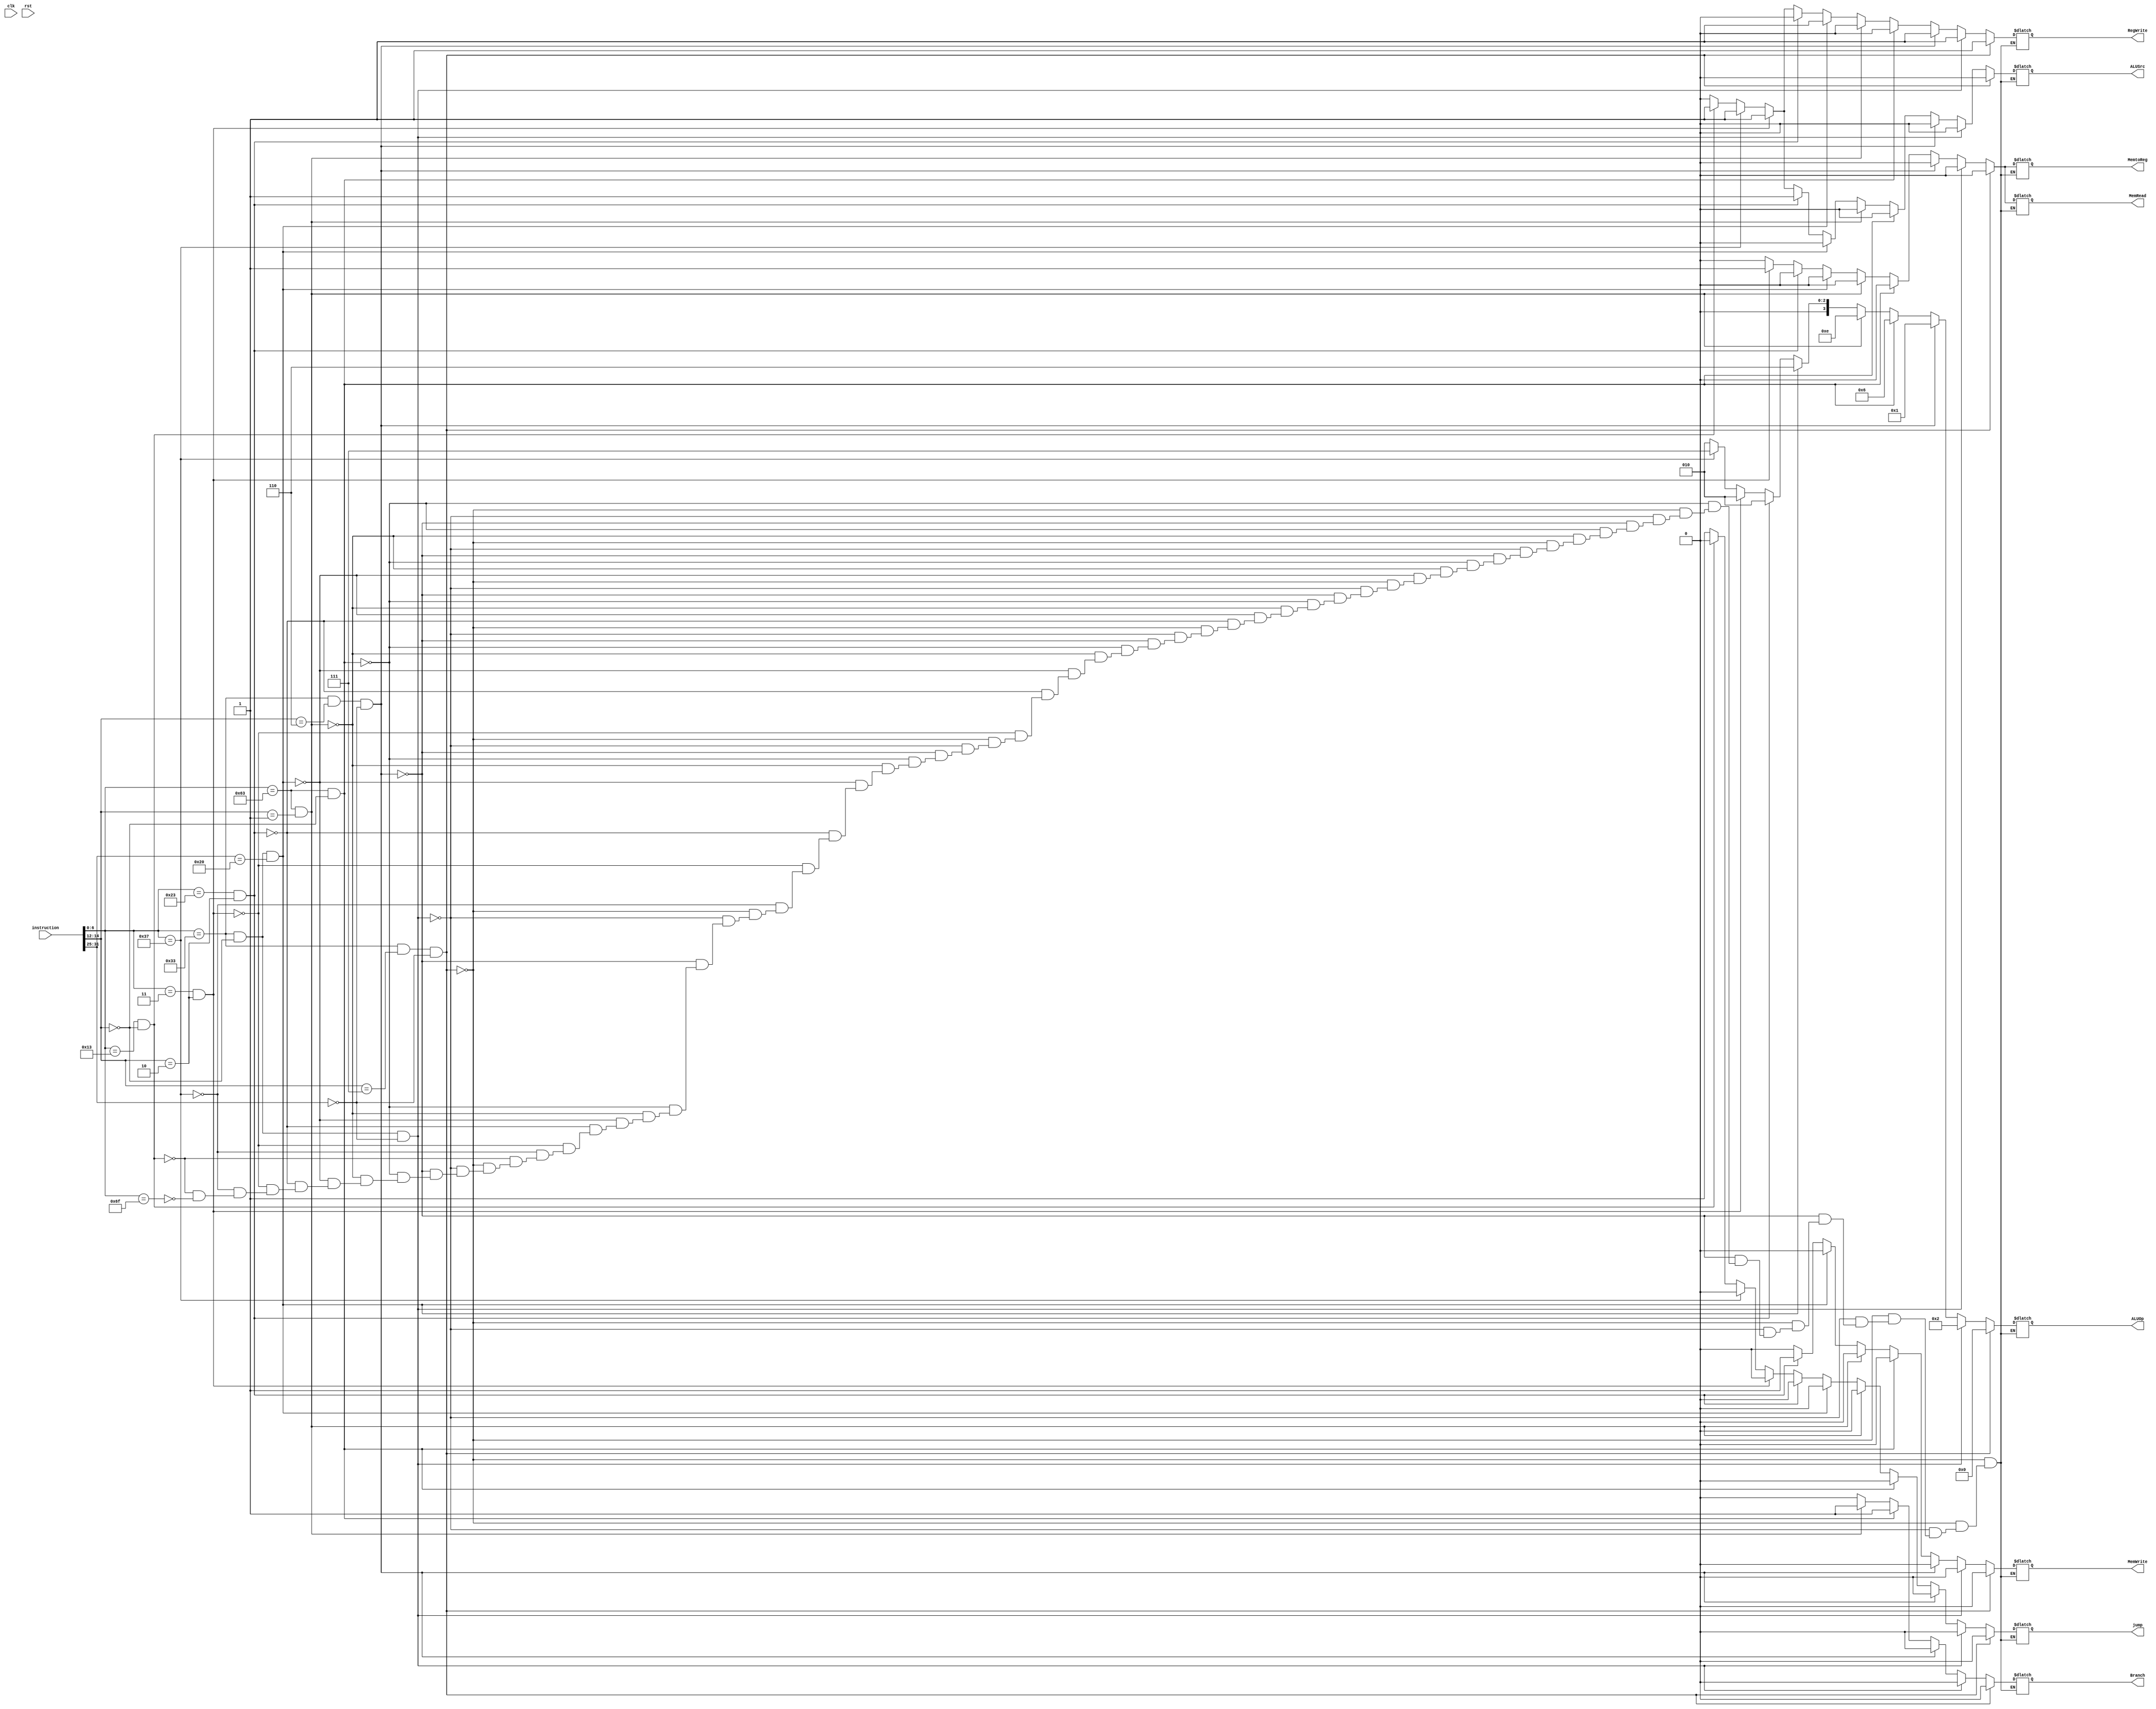
module ControlUnit(clk, instruction, rst, ALUOp, MemtoReg, Branch, MemRead, MemWrite, ALUSrc, RegWrite, jump);

    input [31:0] instruction;
    input rst,clk;
//    input  [63:0] pc;
    output reg MemtoReg, RegWrite, MemRead, MemWrite, ALUSrc, Branch, jump;
    output reg [3:0]ALUOp;
//    wire [3:0] opcode;
//    wire [2:0] fun3;
//    wire [6:0] fun7;
    
//    assign opcode = instruction[6:0];
//    assign fun3 = instruction[14:12];
//    assign fun7 = instruction[31:25];

    
    always @(instruction)
        begin
        if (instruction[6:0] == 7'b0110011 & instruction[14:12] == 3'b111 & instruction[31:25] ==7'b0000000)//and r_type
            begin
                    MemtoReg=0;
                    MemRead=0;
                    MemWrite=0;
                    ALUOp=4'b0000;
                    ALUSrc=0;
                    RegWrite=1;
                    Branch=0;
                    jump = 0;
            end 
      
        else if (instruction[6:0] == 7'b0110011 & instruction[14:12] == 3'b000 & instruction[31:25] == 7'b0000000)//add
            begin
                    MemtoReg=0;
                    MemRead=0;
                    MemWrite=0;
                    ALUOp=4'b0010;
                    ALUSrc=0;
                    RegWrite=1;
                    Branch=0;
                    jump = 0;
            end
        
        else if (instruction[6:0] == 7'b0110011 & instruction[14:12] == 3'b110 & instruction[31:25] == 7'b0000000)//or
             begin
                    MemtoReg=0;
                    MemRead=0;
                    MemWrite=0;
                    ALUOp=4'b0001;
                    ALUSrc=0;
                    RegWrite=1;
                    Branch=0;
                    jump = 0;
            end
        
        else if (instruction[6:0] == 7'b1100011 & instruction[14:12] == 3'b000)//BEQ
            begin
                    MemtoReg=0;
                    MemRead=0;
                    MemWrite=0;
                    ALUOp=4'b0110;
                    ALUSrc=0;
                    RegWrite=0;
                    Branch=1;
                    jump = 0;
            end
        
        else if (instruction[6:0] == 7'b1100011 & instruction[14:12] == 3'b001)//bne
            begin
                    MemtoReg=0;
                    MemRead=0;
                    MemWrite=0;
                    ALUOp=4'b1110;
                    ALUSrc=0;
                    RegWrite=0;
                    Branch=1;
                    jump = 0;
            end
        
        else if (instruction[6:0] == 7'b0110011 & instruction[14:12] == 3'b000 & instruction[31:25] == 7'b0100000)//SUB
            begin
                    MemtoReg=0;
                    MemRead=0;
                    MemWrite=0;
                    ALUOp=4'b0110;
                    ALUSrc=0;
                    RegWrite=1;
                    Branch=0;
                    jump = 0;
            end
        
        else if (instruction[6:0] == 7'b0100011 & instruction[14:12] == 3'b010)//sw
            begin
                    MemtoReg=0;
                    MemRead=0;
                    MemWrite=1;
                    ALUOp=4'b0010;
                    ALUSrc=1;
                    RegWrite=0;
                    Branch=0;
                    jump = 0;
            end
        
         else if (instruction[6:0] == 7'b0000011 & instruction[14:12] == 3'b010)//lw
            begin
                    MemtoReg=1;
                    MemRead=1;
                    MemWrite=0;
                    //                
                    ALUOp=4'b0010;
                    ALUSrc=1;
                    RegWrite=1;
                    Branch=0;
                    jump = 0;
            end
         else if (instruction[6:0] == 7'b0110111)//lui
            begin
                    MemtoReg=0;
                    MemRead=0;
                    MemWrite=0;
                    ALUOp=4'b0111;
                    ALUSrc=1;
                    RegWrite=1;
                    Branch=0;
                    jump = 0;
            end
         else if (instruction[6:0] == 7'b0010011 & instruction[14:12] == 3'b000)//addi
            begin
                    MemtoReg=0;
                    MemRead=0;
                    MemWrite=0;
                    ALUOp=4'b0010;
                    ALUSrc=1;
                    RegWrite=1;
                    Branch=0;
                    jump = 0;
            end
         else if (instruction[6:0] == 7'b1101111)//jal
            begin
                    MemtoReg=0;
                    MemRead=0;
                    MemWrite=0;
                    //
                    ALUOp=4'b0010;
                    ALUSrc=0;
                    RegWrite=0;
                    Branch = 0;
                    jump = 1;
            end
        end
        
endmodule